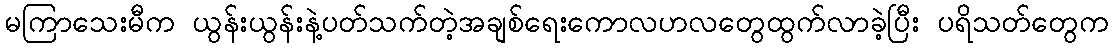
မကြာသေးမီက ယွန်းယွန်းနဲ့ပတ်သက်တဲ့အချစ်ရေးကောလဟလတွေထွက်လာခဲ့ပြီး ပရိသတ်တွေက